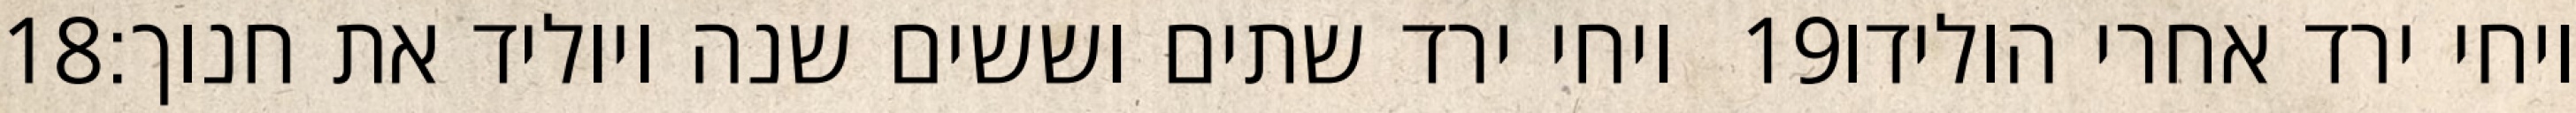
‎18‏ ויחי ירד שתים וששים שנה ויוליד את חנוך׃ ‎19‏ ויחי ירד אחרי הולידו